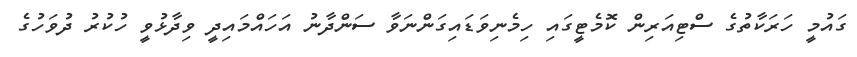
ގައުމީ ހަރަކާތުގެ ސްޓިއަރިން ކޮމެޓީގައި ހިމެނިވަޑައިގަންނަވާ ސަންދާނު އަހައްމައިދީ ވިދާޅުވީ ހުކުރު ދުވަހުގެ